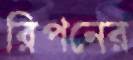
রিপনের